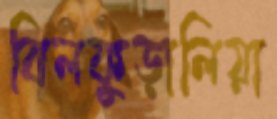
বিলকুড়ালিয়া